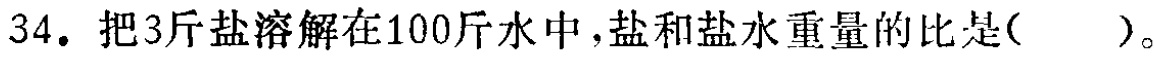
34. 把3斤盐溶解在100斤水中，盐和盐水重量的比是( )。